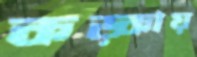
কড়্‌কায়